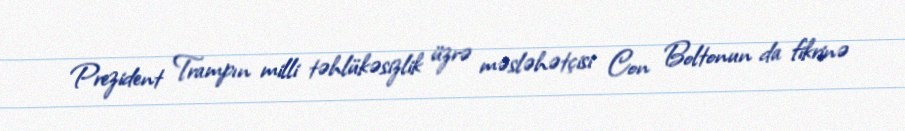
Prezident Trampın milli təhlükəsizlik üzrə məsləhətçisi Con Boltonun da fikrinə